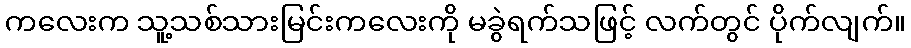
ကလေးက သူ့သစ်သားမြင်းကလေးကို မခွဲရက်သဖြင့် လက်တွင် ပိုက်လျက်။